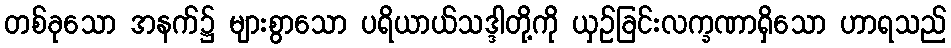
တစ်ခုသော အနက်၌ များစွာသော ပရိယာယ်သဒ္ဒါတို့ကို ယှဉ်ခြင်းလက္ခဏာရှိသော ဟာရသည်